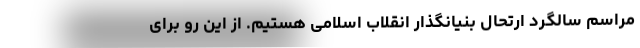
مراسم سالگرد ارتحال بنیانگذار انقلاب اسلامی هستیم. از این رو برای